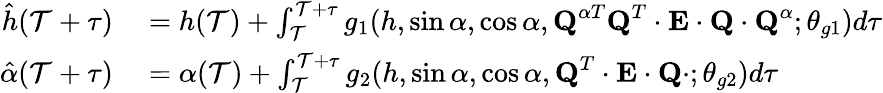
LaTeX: \begin{array}{rl}{\hat{h}(\mathcal{T}+\tau)}&{{}=h(\mathcal{T})+\int_{\mathcal{T}}^{\mathcal{T}+\tau}g_{1}(h,\sin\alpha,\cos\alpha,\textbf{Q}^{\alpha T}\textbf{Q}^{T}\cdot\textbf{E}\cdot\textbf{Q}\cdot\textbf{Q}^{\alpha};\theta_{g1})d\tau}\\ {\hat{\alpha}(\mathcal{T}+\tau)}&{{}=\alpha(\mathcal{T})+\int_{\mathcal{T}}^{\mathcal{T}+\tau}g_{2}(h,\sin\alpha,\cos\alpha,\textbf{Q}^{T}\cdot\textbf{E}\cdot\textbf{Q}\cdot;\theta_{g2})d\tau}\end{array}